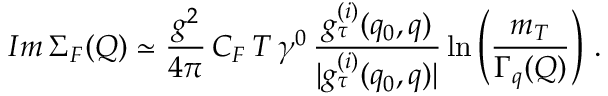
I m \, \Sigma _ { F } ( Q ) \simeq \frac { g ^ { 2 } } { 4 \pi } \, C _ { F } \, T \, \gamma ^ { 0 } \, \frac { g _ { \tau } ^ { ( i ) } ( q _ { 0 } , q ) } { | g _ { \tau } ^ { ( i ) } ( q _ { 0 } , q ) | } \ln \left( \frac { m _ { T } } { \Gamma _ { q } ( Q ) } \right) \, .